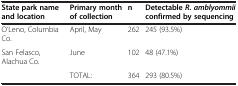
| State park name and location | Primary month of collection | n | Detectable R. amblyommii confirmed by sequencing |
 | --- | --- | --- | --- |
 | O’Leno, Columbia Co. | April, May | 262 | 245 (93.5%) |
 | San Felasco, Alachua Co. | June | 102 | 48 (47.1%) |
 |  | TOTAL: | 364 | 293 (80.5%) |